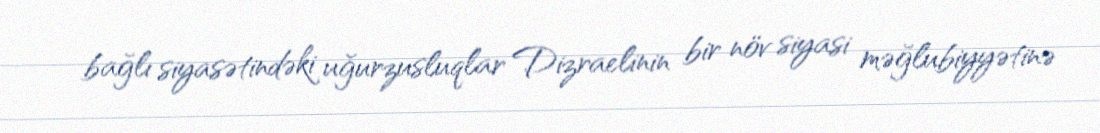
bağlı siyasətindəki uğurzusluqlar Dizraelinin bir növ siyasi məğlubiyyətinə